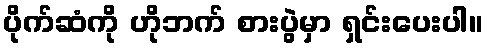
ပိုက်ဆံကို ဟိုဘက် စားပွဲမှာ ရှင်းပေးပါ။